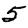
Digit: 5